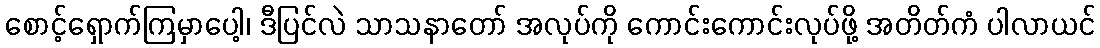
စောင့်ရှောက်ကြမှာပေါ့၊ ဒီပြင်လဲ သာသနာတော် အလုပ်ကို ကောင်းကောင်းလုပ်ဖို့ အတိတ်ကံ ပါလာယင်